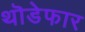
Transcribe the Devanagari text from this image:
थॊडेफार